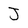
Character: J